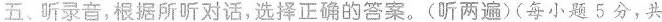
五、听录音，根据所听对话，选择正确的答案。(听两遍)(每小题5分，